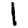
Digit: 1